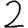
Digit: 2